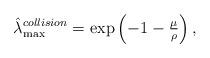
LaTeX: \begin{align*}\hat{\lambda}_{\max}^{collision}=\exp\left(-1-\tfrac{\mu}{\rho}\right),\end{align*}